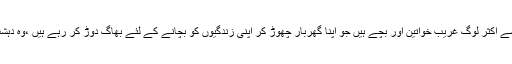
انہوں نے کہا کہ، "ان میں سے اکثر لوگ غریب خواتین اور بچے ہیں جو اپنا گھربار چھوڑ کر اپنی زندگیوں کو بچانے کے لئے بھاگ دوڑ کر رہے ہیں ،وہ دہشت گرد کیسے ہوسکتے ہیں؟